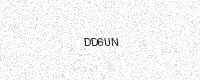
Text: DD6UN